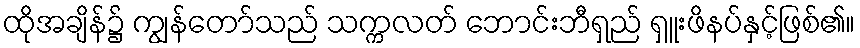
ထိုအချိန်၌ ကျွန်တော်သည် သက္ကလတ် ဘောင်းဘီရှည် ရှူးဖိနပ်နှင့်ဖြစ်၏။